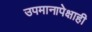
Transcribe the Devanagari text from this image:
उपमानापेक्षाही